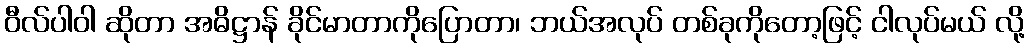
ဝီလ်ပါဝါ ဆိုတာ အဓိဋ္ဌာန် ခိုင်မာတာကိုပြောတာ၊ ဘယ်အလုပ် တစ်ခုကိုတော့ဖြင့် ငါလုပ်မယ် လို့